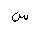
Letter: _sin